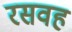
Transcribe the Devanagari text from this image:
रसवह